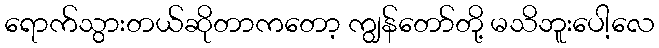
ရောက်သွားတယ်ဆိုတာကတော့ ကျွန်တော်တို့ မသိဘူးပေါ့လေ